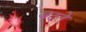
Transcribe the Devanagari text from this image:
बदते